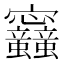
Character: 𡬛